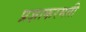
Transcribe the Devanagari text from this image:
प्रज्ञाकरमती